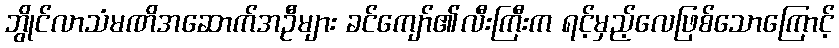
ဘွိုင်လာသံမဏိအဆောက်အဦများ ခင်ကျော်၏လီးကြီးက ရင့်မှည့်လေဖြစ်သောကြောင့်